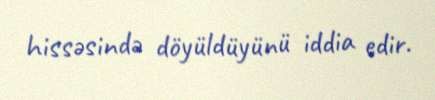
hissəsində döyüldüyünü iddia edir.